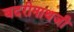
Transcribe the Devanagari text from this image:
बदरीनाथजी